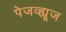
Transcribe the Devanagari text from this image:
पेजव्ह्यूज